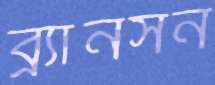
ব্র্যানসন